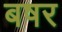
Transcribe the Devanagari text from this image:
बषर